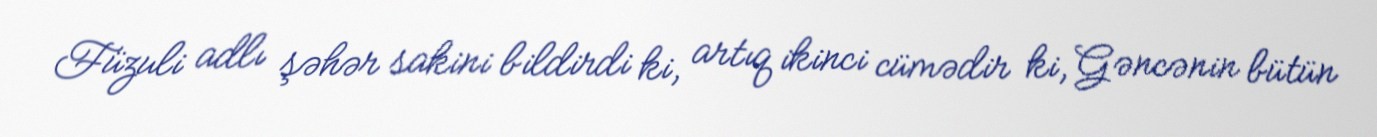
Füzuli adlı şəhər sakini bildirdi ki, artıq ikinci cümədir ki, Gəncənin bütün